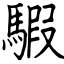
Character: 騢